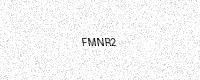
Text: FMNR2